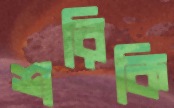
শরিকি